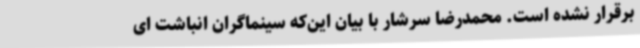
برقرار نشده است. محمدرضا سرشار با بیان این‌که سینماگران انباشت ای